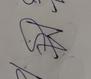
Signature authenticity: forged